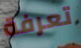
تعرفة